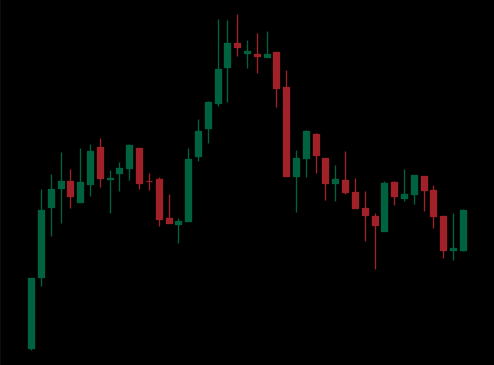
Pattern: head_shoulders